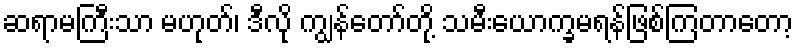
ဆရာမကြီးသာ မဟုတ်၊ ဒီလို ကျွန်တော်တို့ သမီးယောက္ခမရန်ဖြစ်ကြတာတော့